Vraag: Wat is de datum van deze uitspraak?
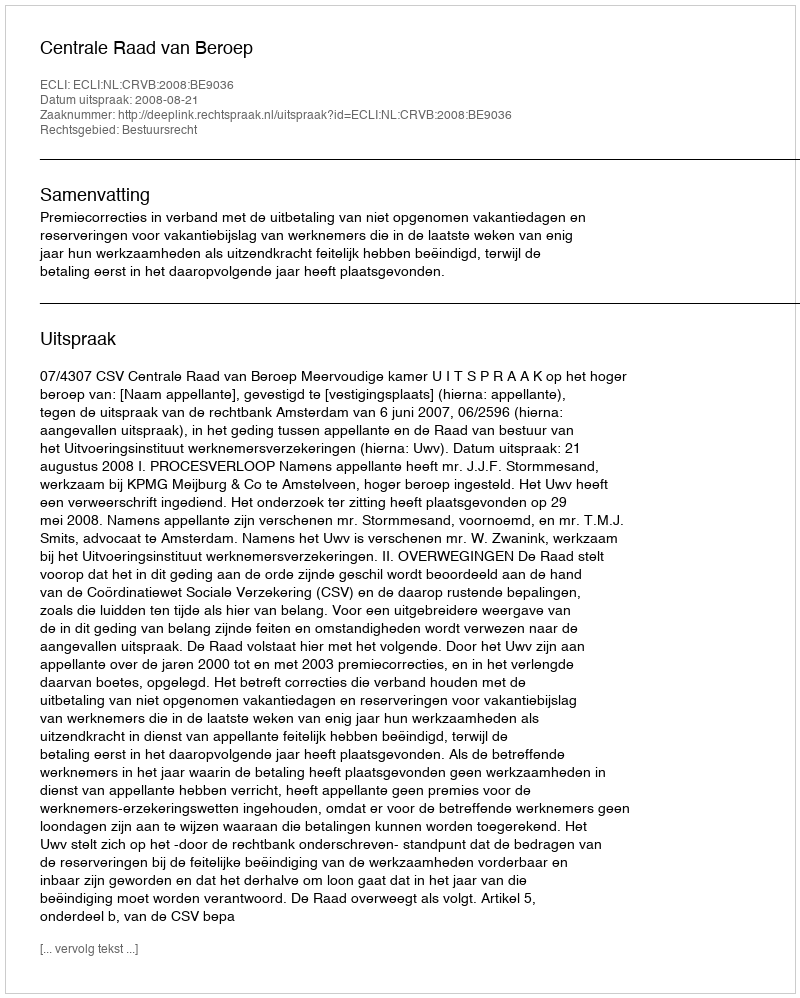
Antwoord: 2008-08-21